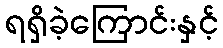
ရရှိခဲ့ကြောင်းနှင့်